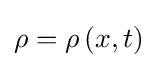
\rho =\rho \left(x,t\right)